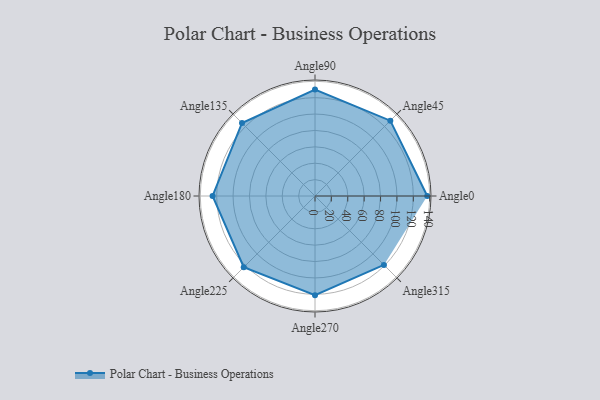
{"axis": {"x": "Angle", "y": "Radius"}, "legend": [""], "data": [{"x": "Angle0", "y": 137.0, "type": ""}, {"x": "Angle45", "y": 130.0, "type": ""}, {"x": "Angle90", "y": 130.0, "type": ""}, {"x": "Angle135", "y": 126.0, "type": ""}, {"x": "Angle180", "y": 125.0, "type": ""}, {"x": "Angle225", "y": 123.0, "type": ""}, {"x": "Angle270", "y": 121.0, "type": ""}, {"x": "Angle315", "y": 119.0, "type": ""}]}